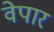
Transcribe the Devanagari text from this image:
वेपार